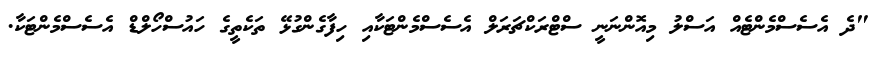
"ދެ އެސެސްމެންޓެއް އަސްލު މިއޮންނަނީ ސްޓްރަކްޗަރަލް އެސެސްމެންޓަކާއި ހިފާގެންގުޅޭ ތަކެތީގެ ހައުސްހޯލްޑް އެސެސްމެންޓަކާ.